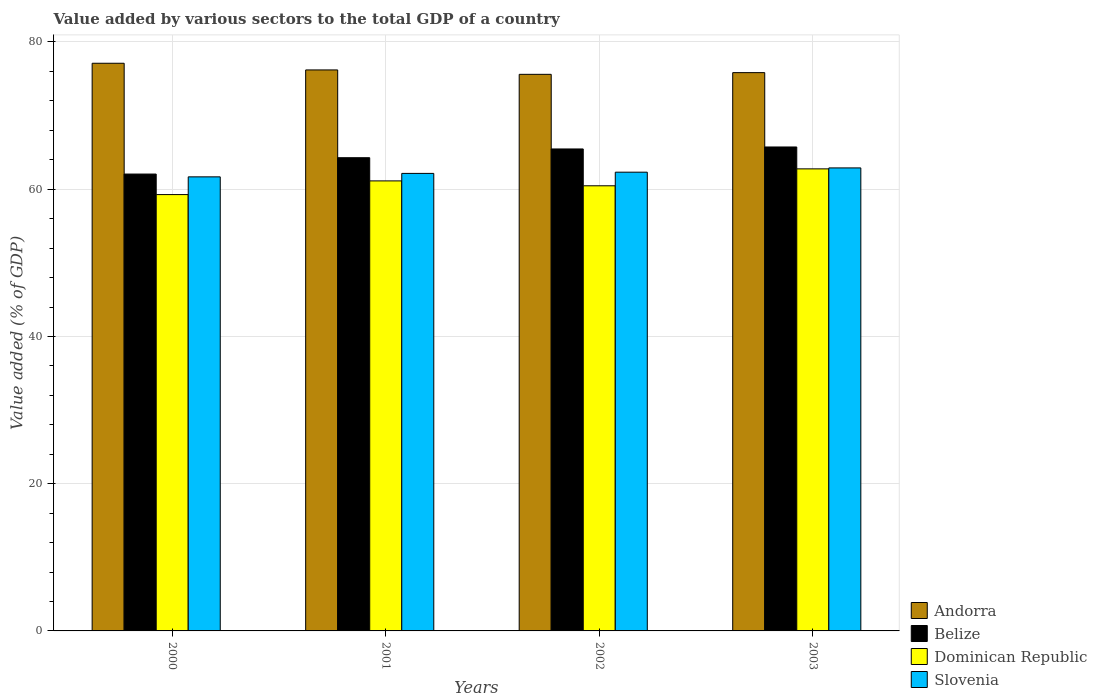
| Years | Andorra | Belize | Dominican Republic | Slovenia |
 | --- | --- | --- | --- | --- |
 | 2000 | 77.1 | 62.1 | 59.3 | 61.7 |
 | 2001 | 76.2 | 64.3 | 61.1 | 62.1 |
 | 2002 | 75.6 | 65.5 | 60.5 | 62.3 |
 | 2003 | 75.8 | 65.7 | 62.8 | 62.9 |